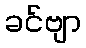
ခင်ဗျာ